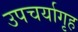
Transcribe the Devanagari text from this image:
उपचर्यागृह